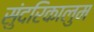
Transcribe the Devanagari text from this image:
सुंदरिकालुम